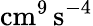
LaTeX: \mathrm{cm}^{9}\, \mathrm{s}^{-4}